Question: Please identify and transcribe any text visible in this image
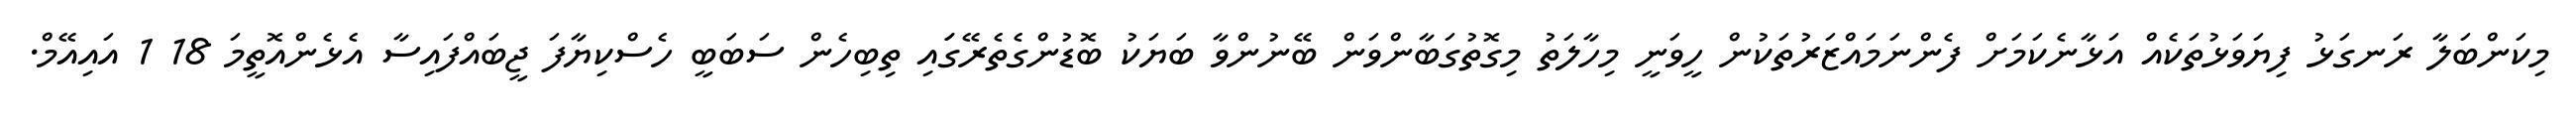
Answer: މިކަންބަލާ ރަނގަޅު ފިޔަވަޅުތަކެއް އަޅާނެކަމަށް ފެންނަމައްޒަރުތަކުން ހީވަނީ މިހާލަތު މިގޮތުގަބާންވަން ބޭނުންވާ ބަޔަކު ބޮޑުންގެތެރޭގަައި ތިބިހެން ސަބަބީ ހެސްކިޔާފަ ޖީބައްފައިސާ އެޅެންއޮތީމަ 18 1 އައިއޭމް.